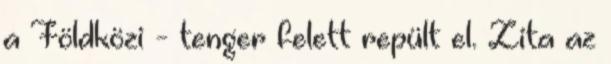
a Földközi - tenger felett repült el. Zita az